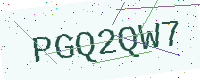
Text: PGQ2QW7